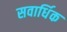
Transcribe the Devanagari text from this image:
सवार्धिक